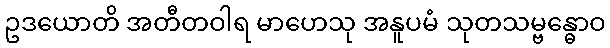
ဥဒယောတိ အတီတဝါရ မာဟေသု အနူပမံ သုတသမ္ဗန္ဓောဝ